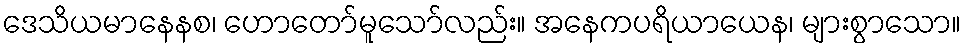
ဒေသိယမာနေနစ၊ ဟောတော်မူသော်လည်း။ အနေကပရိယာယေန၊ များစွာသော။